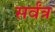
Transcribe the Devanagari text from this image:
सर्वंत्र